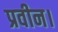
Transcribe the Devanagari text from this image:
प्रवीन।